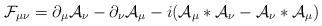
LaTeX: \begin{align*}{\cal F}_{\mu\nu} = \partial_{\mu}{\cal A}_{\nu} - \partial_{\nu}{\cal A}_{\mu} -i ({\cal A}_{\mu} * {\cal A}_{\nu} - {\cal A}_{\nu} * {\cal A}_{\mu})\end{align*}